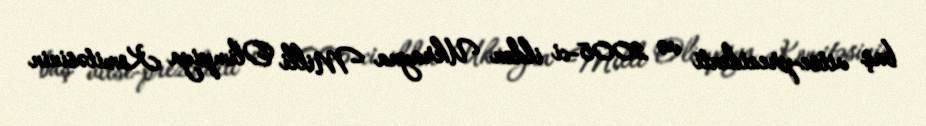
baş vitse-prezidenti və 2005-ci ildən Ukrayna Milli Olimpiya Komitəsinin